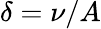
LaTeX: \delta=\nu/A